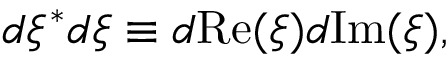
d \xi ^ { * } d \xi \equiv d \mathrm { R e } ( \xi ) d \mathrm { I m } ( \xi ) ,